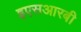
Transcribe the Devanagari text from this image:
इएसआरबी